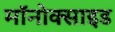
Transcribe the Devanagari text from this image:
मॉनोक्साइड